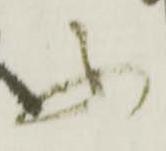
ふ